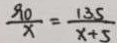
\frac { 9 0 } { x } = \frac { 1 3 5 } { x + 5 }